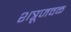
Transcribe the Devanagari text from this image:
शत्रूजवळ